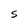
Character: S